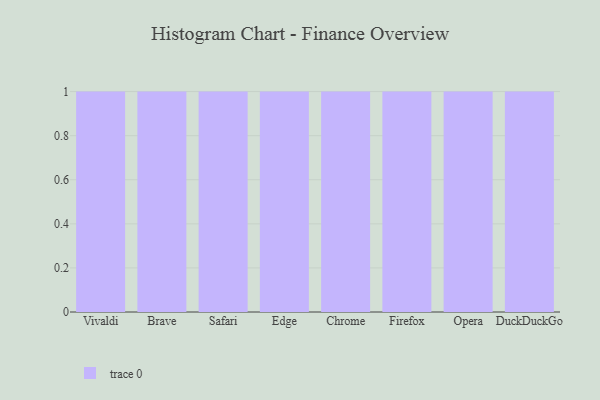
{"axis": {"x": "Browser", "y": "Waste Production (Tons)"}, "legend": [""], "data": [{"x": "Vivaldi", "y": 46, "type": ""}, {"x": "Brave", "y": 26, "type": ""}, {"x": "Safari", "y": 33, "type": ""}, {"x": "Edge", "y": 68, "type": ""}, {"x": "Chrome", "y": 10, "type": ""}, {"x": "Firefox", "y": 61, "type": ""}, {"x": "Opera", "y": 44, "type": ""}, {"x": "DuckDuckGo", "y": 74, "type": ""}]}